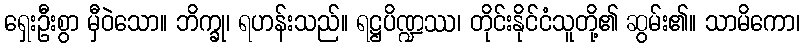
ရှေးဦးစွာ မှီဝဲသော။ ဘိက္ခု၊ ရဟန်းသည်။ ရဋ္ဌပိဏ္ဍဿ၊ တိုင်းနိုင်ငံသူတို့၏ ဆွမ်း၏။ သာမိကော၊